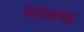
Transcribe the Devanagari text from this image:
निदेशचंद्र